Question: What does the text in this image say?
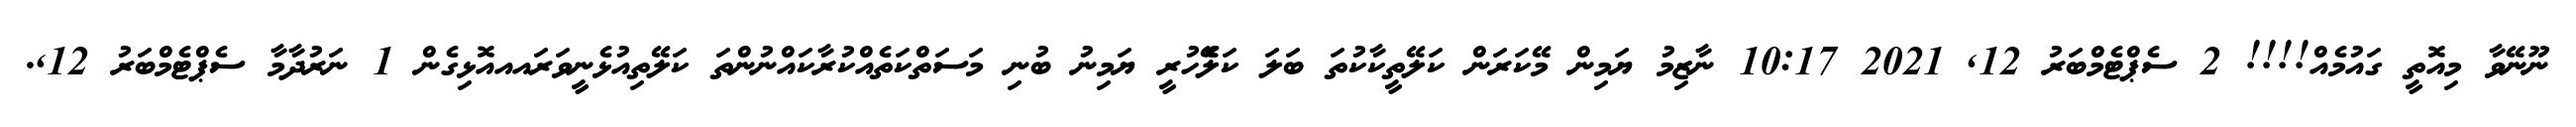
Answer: ނޫނޭވާ މިއޮތީ ގައުމެއް!!!! 2 ސެޕްޓެމްބަރު 12, 2021 10:17 ނާޒިމު ޔަމިން މޭކަރަން ކަލޭތީކާކުތަ ބަލަ ކަލެޭހުރީ ޔަމިނު ބުނި މަސަތްކަތެއްކުރާކައްނުންތަ ކަލޭތިއުޅެނީވަރައއއޮޅިގެން 1 ނަރުދާމާ ސެޕްޓެމްބަރު 12,.